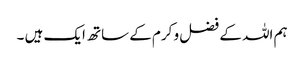
ہم اللہ کے فضل و کرم کے ساتھ ایک ہیں ۔